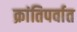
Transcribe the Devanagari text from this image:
क्रांतिपर्वात